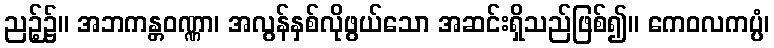
ညဉ့်၌။ အဘကန္တဝဏ္ဏာ၊ အလွန်နှစ်လိုဖွယ်သော အဆင်းရှိသည်ဖြစ်၍။ ကေဝလကပ္ပံ၊